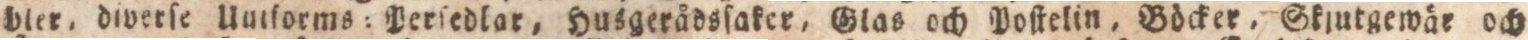
bler, diverſe Untſorms: Perſedlar, Husgerådsſaker, Glas och Poſtelin, Böcker, Gkjutgemäe och